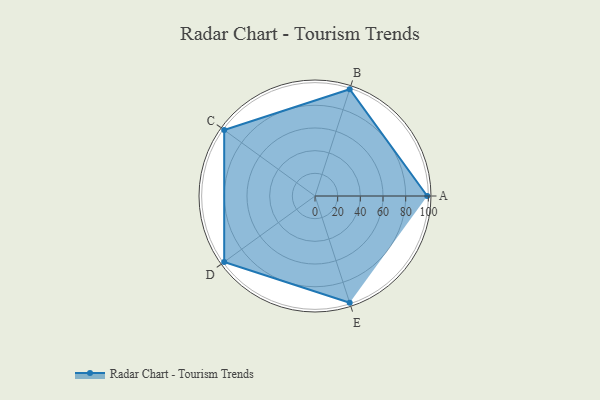
{"axis": {"x": "Skill", "y": "Score"}, "legend": ["Profile"], "data": [{"x": "A", "y": 99, "type": "Profile"}, {"x": "B", "y": 99, "type": "Profile"}, {"x": "C", "y": 99, "type": "Profile"}, {"x": "D", "y": 99, "type": "Profile"}, {"x": "E", "y": 99, "type": "Profile"}]}